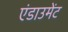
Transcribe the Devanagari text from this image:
एंडाउमेंट